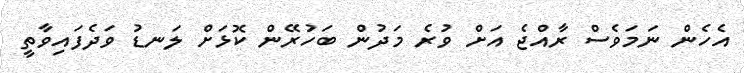
އެހެން ނަމަވެސް ރާއްޖެ އަށް ވުރެ މަދުން ބަހުރޭން ކޮޅަށް ލަނޑު ވަދެފައިވާތީ